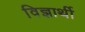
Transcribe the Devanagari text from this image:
विज्ञार्थी